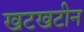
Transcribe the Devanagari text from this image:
खटखटीन